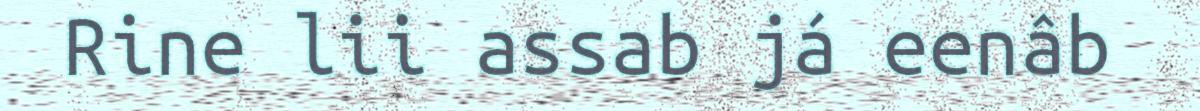
Rine lii assab já eenâb